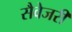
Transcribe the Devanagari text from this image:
सैवेजरी